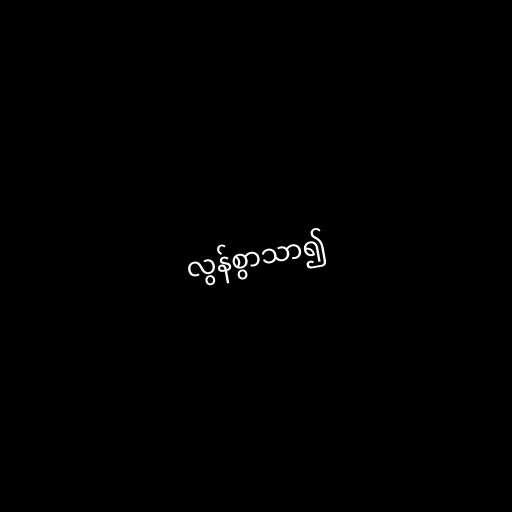
လွန်စွာသာ၍